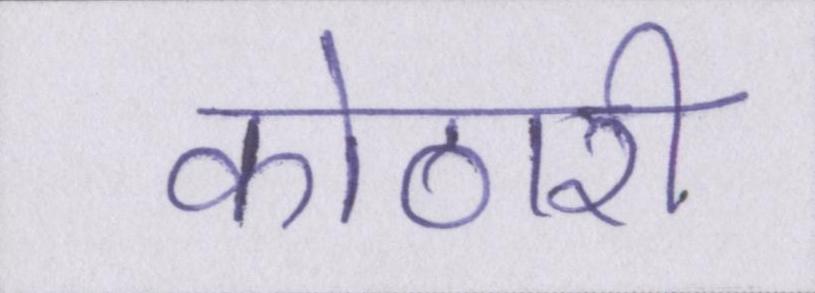
कोठारी